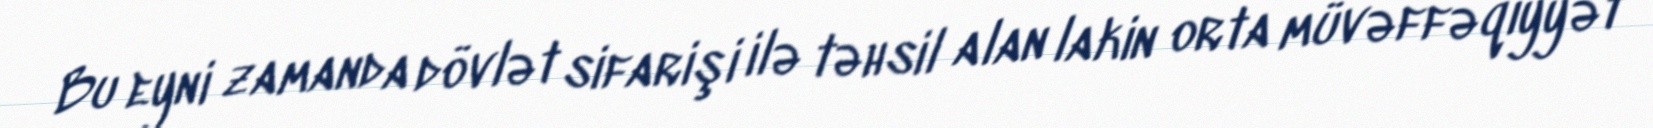
Bu eyni zamanda dövlət sifarişi ilə təhsil alan lakin orta müvəffəqiyyət